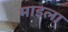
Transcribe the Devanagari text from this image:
माइला